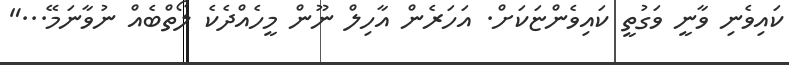
ކައިވެނި ވާނީ ވަގުތީ ކައިވެންޏަކަށް. އަަހަރެން އާހިލް ނޫން މީހެއްދެކެ ލޯތްބެއް ނުވާނަމޭ..."